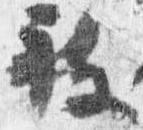
被